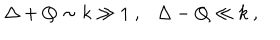
\Delta + Q \sim k \gg 1 ~ , \Delta - Q \ll k ~ ,